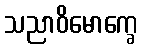
သညာဝိမောက္ခေ